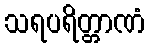
သရပရိတ္တာဏံ